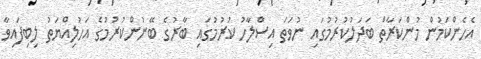
އެހެންކަމުން މުންކަރާތް ބަދަލުކުރުމުގައި ނުވަތަ އިސްލާހު ކުރުމުގައި ބާރުގެ ބޭނުންކުރުމުގެ އަހުލިއްޔަތު ލިބިފައިވާ